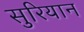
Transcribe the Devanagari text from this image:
सुरियान